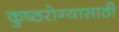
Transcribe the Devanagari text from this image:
कुष्ठरोग्यासाठी